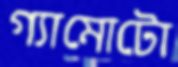
গ্যামোটো